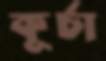
কূর্চা